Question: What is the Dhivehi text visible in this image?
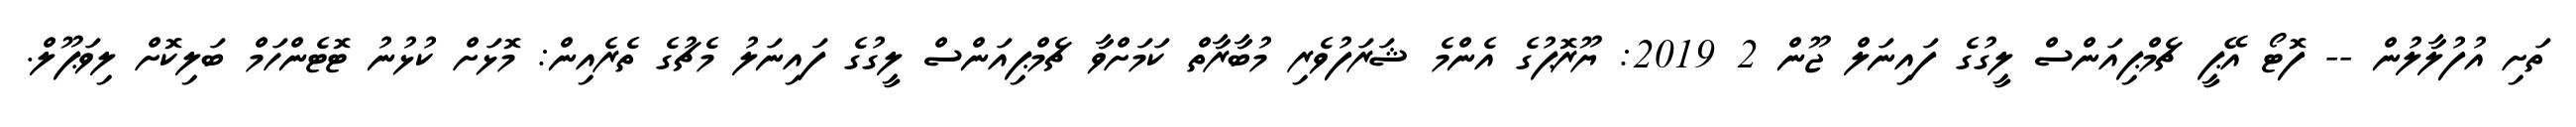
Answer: ތަށި އުފުލާލުން -- ފޮޓޯ އޭޕީ ޗެމްޕިއަންސް ލީގުގެ ފައިނަލް ޖޫން 2 2019: ޔޫރޮޕުގެ އެންމެ ޝަރަފުވެރި މުބާރާތް ކަމަށްވާ ޗެމްޕިއަންސް ލީގުގެ ފައިނަލު މެޗުގެ ތެރެއިން: މޮޅަށް ކުޅުނު ޓޮޓެންހަމް ބަލިކޮށް ލިވަޕޫލް.